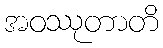
အဝဿုတာတိ